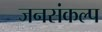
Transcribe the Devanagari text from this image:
जनसंकल्प